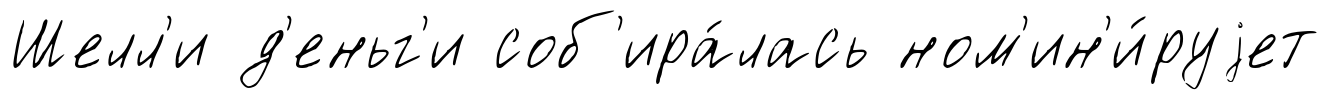
Шелл'и д'еньг'и соб'ира́лась ном'ин'и́руjет